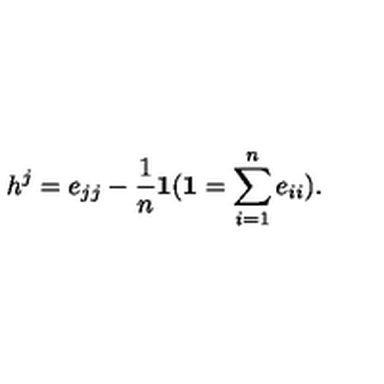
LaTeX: h ^ { j } = e _ { j j } - \frac { 1 } { n } { \bf 1 } ( { \bf 1 } = \sum _ { i = 1 } ^ { n } e _ { i i } ) .